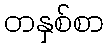
တနှစ်စာ